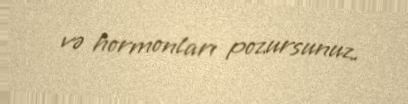
və hormonları pozursunuz.